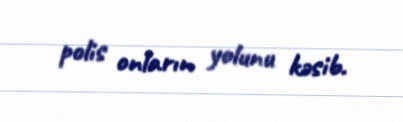
polis onların yolunu kəsib.